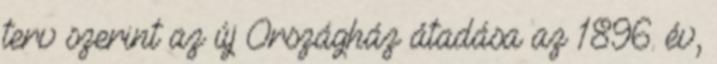
terv szerint az új Országház átadása az 1896. év,